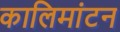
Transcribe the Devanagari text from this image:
कालिमांटन